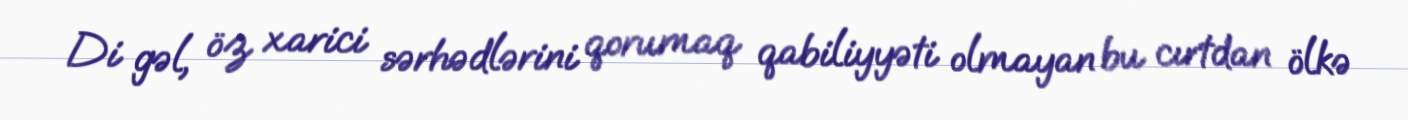
Di gəl, öz xarici sərhədlərini qorumaq qabiliyyəti olmayan bu cırtdan ölkə